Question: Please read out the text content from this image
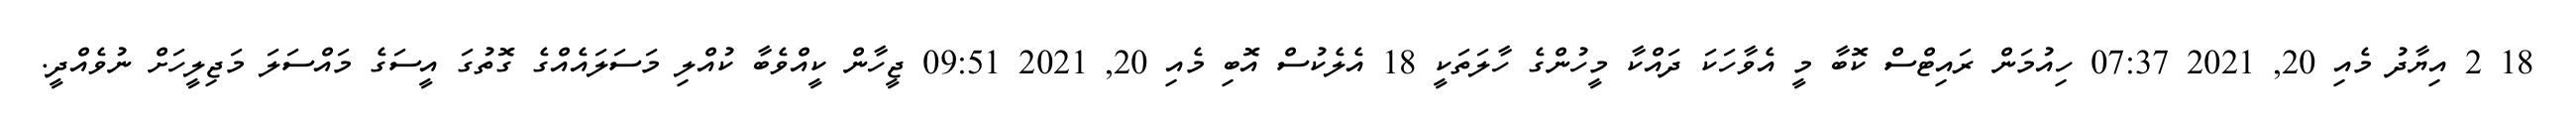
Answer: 18 2 އިޔާދު މެއި 20, 2021 07:37 ހިއުމަން ރައިޓްސް ކޮބާ މީ އެވާހަކަ ދައްކާ މީހުންގެ ހާލަތަކީ 18 އެލެކުސް އޮބި މެއި 20, 2021 09:51 ޖީހާން ކީއްވެބާ ކުއްލި މަސަލައެއްގެ ގޮތުގަ އީސަގެ މައްސަލަ މަޖިލީހަށް ނުވެއްދީ.